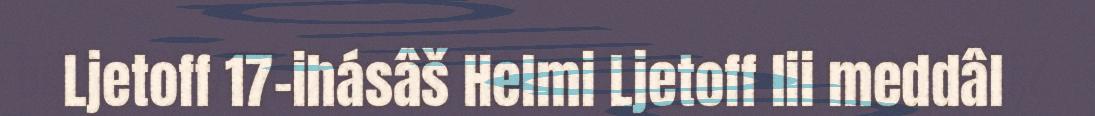
Ljetoff 17-ihásâš Helmi Ljetoff lii meddâl